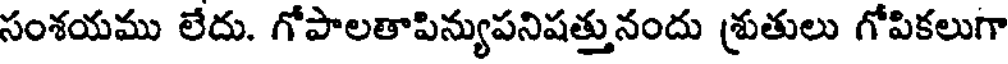
సంశయము లేదు. గోపాలతాపిన్యుపనిషత్తునందు శ్రుతులు గోపికలుగా